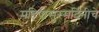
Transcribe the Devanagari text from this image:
महिषासुरमर्दिनीचे